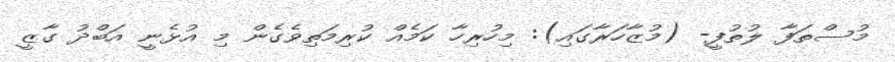
މުސްތަފާ ލުތުފީ- (މުޒާހަރާގައި): މިހުރިހާ ކަމެއް ކުރިމަތިވެގެން މި އުޅެނީ އަބްދު ގާޒީ